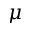
\mu